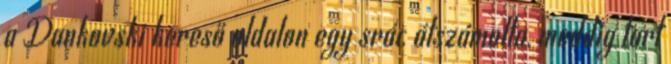
a Dankovski kereső oldalon egy srác átszámolta, meddig tart